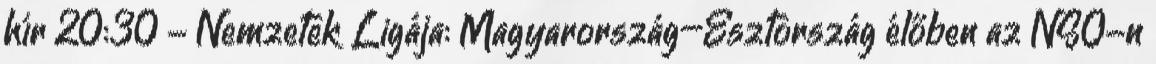
hír 20:30 - Nemzetek Ligája: Magyarország–Észtország élőben az NSO-n